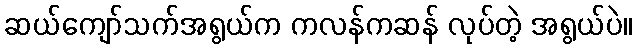
ဆယ်ကျော်သက်အရွယ်က ကလန်ကဆန် လုပ်တဲ့ အရွယ်ပဲ။